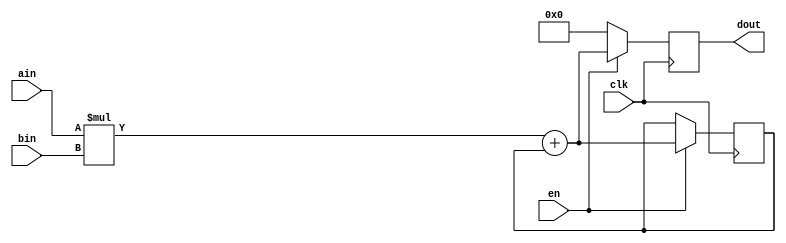
module MAC #(
    parameter BITWIDTH = 32
)
(
    input [BITWIDTH-1:0] ain,
    input [BITWIDTH-1:0] bin,
    input en,
    input clk,
    output [2*BITWIDTH-1:0] dout
    );
    
    reg [2*BITWIDTH-1:0] dout;
    reg [2*BITWIDTH-1:0] tmp = 0;
    
    always @(posedge clk) begin
        if(en) begin
            dout = ain*bin + tmp;
            tmp = dout;
        end
        else dout = 0;
    end
endmodule